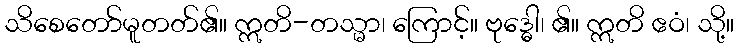
သိစေတော်မူတတ်၏။ ဣတိ-တသ္မာ၊ ကြောင့်။ ဗုဒ္ဓေါ၊ ၏။ ဣတိ ဧဝံ၊ သို့။